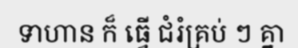
ទាហាន ក៏ ធ្វើ ជំរំគ្រប់ ៗ គ្នា